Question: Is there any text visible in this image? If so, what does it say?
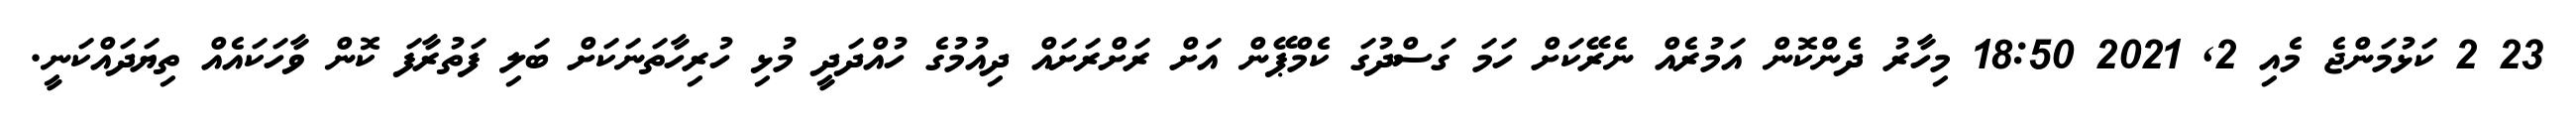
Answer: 23 2 ކަޅުމަންޖެ މެއި 2, 2021 18:50 މިހާރު ދެންކޮން އަމުރެއް ނެރޭކަށް ހަމަ ގަސްދުގަ ކެމްޕޭން އަށް ރަށްރަށައް ދިއުމުގެ ހުއްދަދީ މުޅި ހުރިހާތަނަކަށް ބަލި ފަތުރާފަ ކޮން ވާހަކައެއް ތިޔަދައްކަނީ.